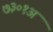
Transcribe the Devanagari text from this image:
७३०१अ